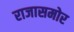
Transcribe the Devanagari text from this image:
राजासमोर